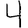
Digit: 4